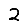
Digit: 2